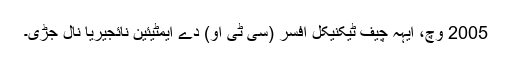
2005 وچ، ایہہ چیف ٹیکنیکل افسر (سی ٹی او) دے ایمٹیئین نائجیریا نال جڑی۔